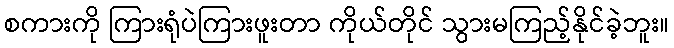
စကားကို ကြားရုံပဲကြားဖူးတာ ကိုယ်တိုင် သွားမကြည့်နိုင်ခဲ့ဘူး။